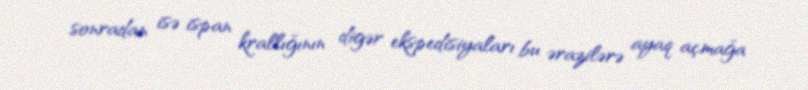
sonradan isə ispan krallığının digər ekspedisiyaları bu ərazilərə ayaq açmağa